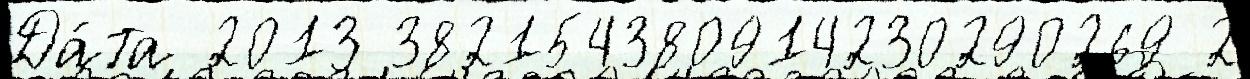
Да́та 2013 382154380914230290269 2